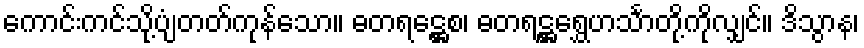
ကောင်းကင်သို့ပျံတတ်ကုန်သော။ ဓတရဋ္ဌေစ၊ ဓတရဋ္ဌရွှေဟင်္သာတို့ကိုလျှင်။ ဒိသွာန၊